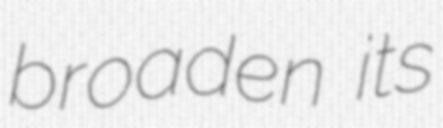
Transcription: broaden its